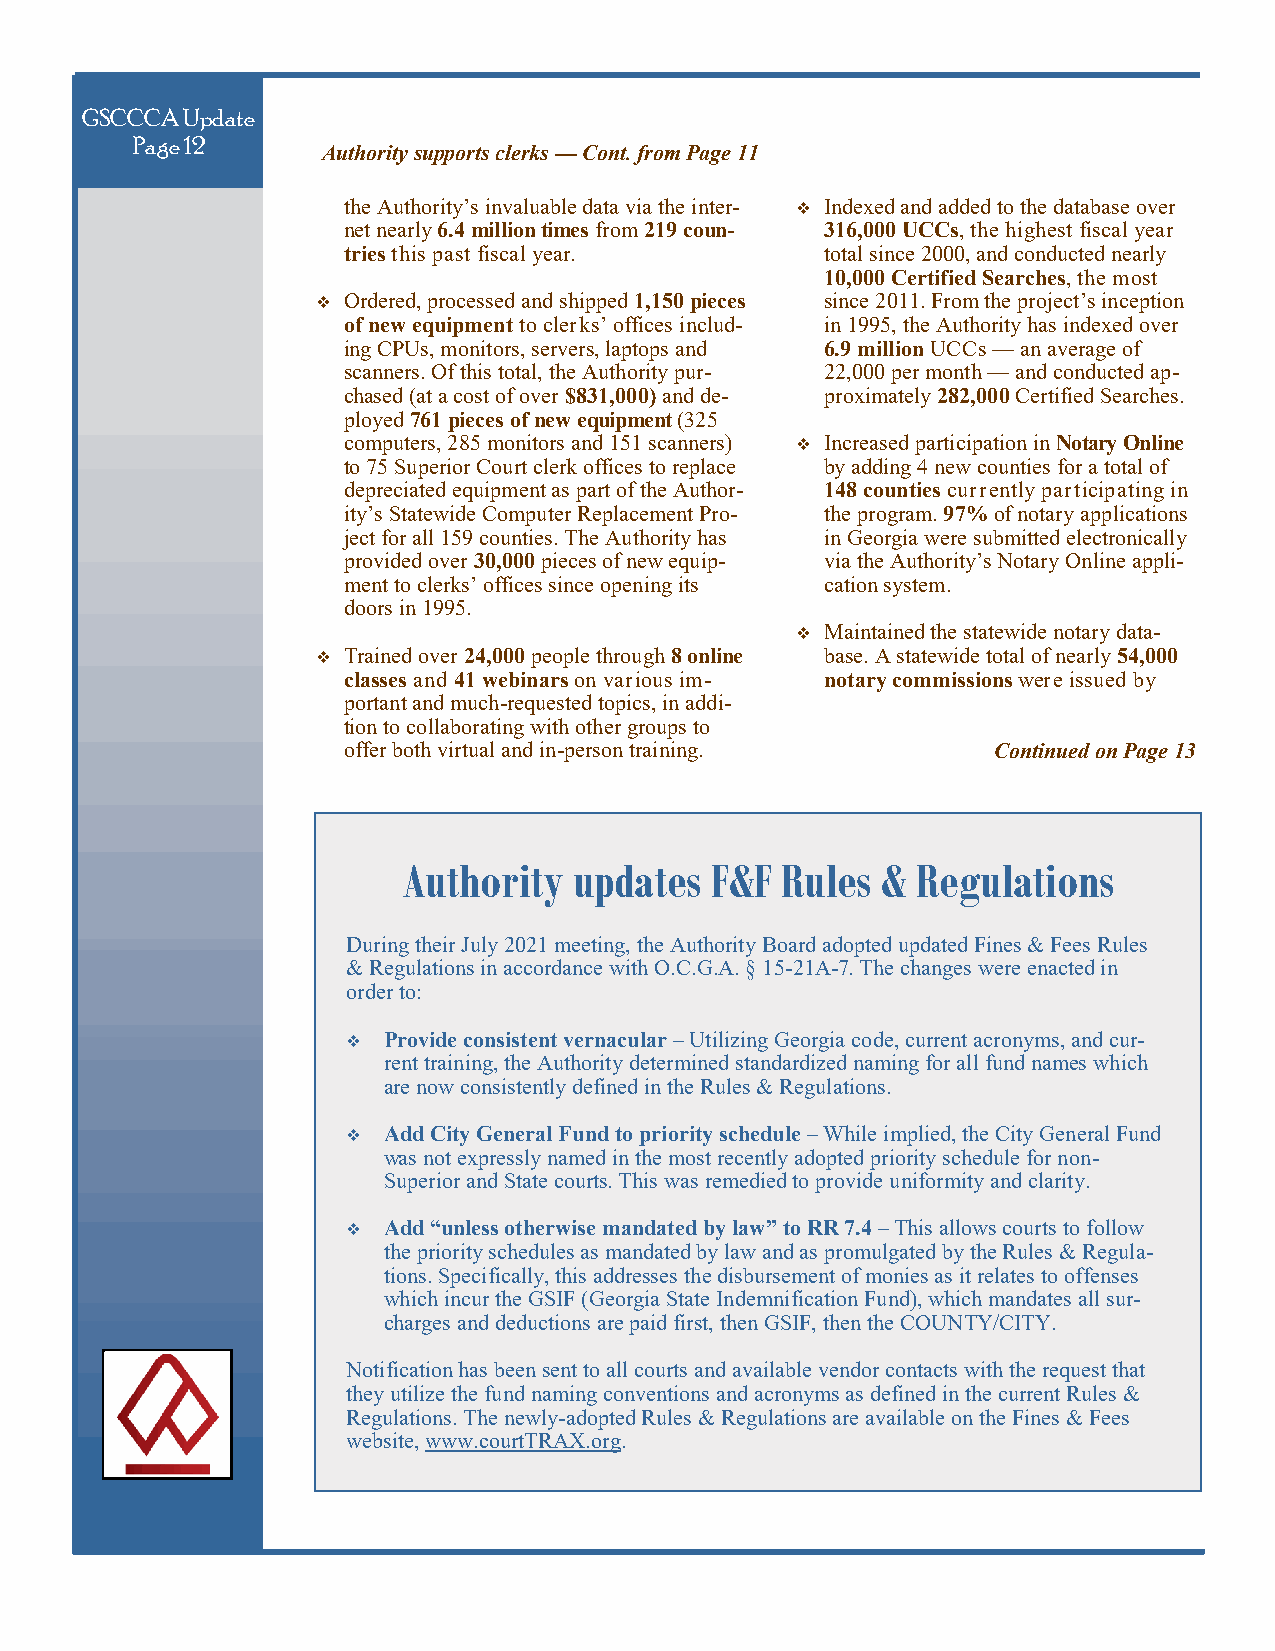
GSCCCA Update
 Page 12
 Authority supports clerks — Cont. from Page 11
 the Authority’s invaluable data via the inter-  Indexed and added to the database over
 net nearly 6.4 million times from 219 coun- 316,000 UCCs, the highest fiscal year
 tries this past fiscal year.    total since 2000, and conducted nearly
 10,000 Certified Searches, the most
  Ordered, processed and shipped 1,150 pieces since 2011. From the project’s inception
 of new equipment to clerks’ offices includ- in 1995, the Authority has indexed over
 ing CPUs, monitors, servers, laptops and 6.9 million UCCs — an average of
 scanners. Of this total, the Authority pur- 22,000 per month — and conducted ap-
 chased (at a cost of over $831,000) and de- proximately 282,000 Certified Searches.
 ployed 761 pieces of new equipment (325
 computers, 285 monitors and 151 scanners)  Increased participation in Notary Online
 to 75 Superior Court clerk offices to replace by adding 4 new counties for a total of
 depreciated equipment as part of the Author- 148 counties currently participating in
 ity’s Statewide Computer Replacement Pro- the program. 97% of notary applications
 ject for all 159 counties. The Authority has in Georgia were submitted electronically
 provided over 30,000 pieces of new equip- via the Authority’s Notary Online appli-
 ment to clerks’ offices since opening its cation system.
 doors in 1995.
  Maintained the statewide notary data-
  Trained over 24,000 people through 8 online base. A statewide total of nearly 54,000
 classes and 41 webinars on various im- notary commissions were issued by
 portant and much-requested topics, in addi-
 tion to collaborating with other groups to
 offer both virtual and in-person training. Continued on Page 13
 Authority  updates  F&F  Rules &  Regulations
 During their July 2021 meeting, the Authority Board adopted updated Fines & Fees Rules
 & Regulations in accordance with O.C.G.A. § 15-21A-7. The changes were enacted in
 order to:
  Provide consistent vernacular – Utilizing Georgia code, current acronyms, and cur-
 rent training, the Authority determined standardized naming for all fund names which
 are now consistently defined in the Rules & Regulations.
  Add City General Fund to priority schedule – While implied, the City General Fund
 was not expressly named in the most recently adopted priority schedule for non-
 Superior and State courts. This was remedied to provide uniformity and clarity.
  Add “unless otherwise mandated by law” to RR 7.4 – This allows courts to follow
 the priority schedules as mandated by law and as promulgated by the Rules & Regula-
 tions. Specifically, this addresses the disbursement of monies as it relates to offenses
 which incur the GSIF (Georgia State Indemnification Fund), which mandates all sur-
 charges and deductions are paid first, then GSIF, then the COUNTY/CITY.
 Notification has been sent to all courts and available vendor contacts with the request that
 they utilize the fund naming conventions and acronyms as defined in the current Rules &
 Regulations. The newly-adopted Rules & Regulations are available on the Fines & Fees
 website, www.courtTRAX.org.